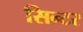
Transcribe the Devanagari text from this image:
सिन्टर